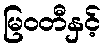
မြဝတီနှင့်